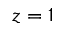
z = 1